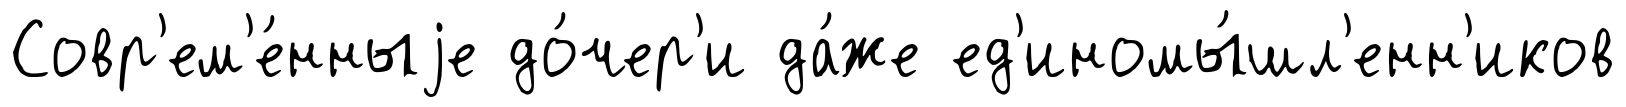
Совр'ем'е́нныjе до́чер'и да́же ед'иномы́шл'енн'иков